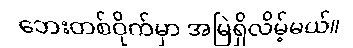
ဘေးတစ်ဝိုက်မှာ အမြဲရှိလိမ့်မယ်။